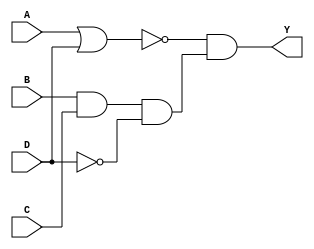


  `timescale 10ns / 1ns
  
  module comb_dataflow(output Y, input A, B, C, D);
    
    assign Y = (~(A | D)) & (B & C & ~D);
    
  endmodule